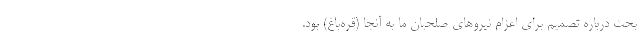
بحث درباره تصمیم برای اعزام نیروهای صلحبان ما به آنجا (قره‌باغ) بود.